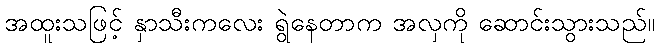
အထူးသဖြင့် နှာသီးကလေး ရွဲနေတာက အလှကို ဆောင်းသွားသည်။